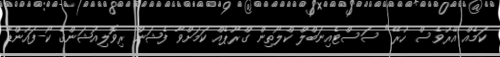
ކަމެއް އޭރުވެސް ހުރޭ" ސަސްޓެއިނަބްލް ކްލޯތިން ގްރޫޕެއް ކަމަށްވާ ފެޝަން ރިވޮލިއުޝަންގެ ކޯ-ފައުންޑާ